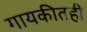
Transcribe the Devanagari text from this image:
गायकीतही